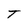
Character: T